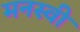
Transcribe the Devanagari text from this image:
मनस्‍वी